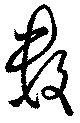
数